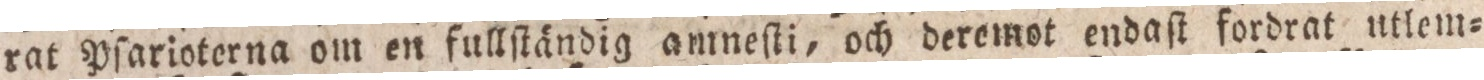
rat Pſarioterna om en fullſtändig amneſti, och deremot endaſt fordrat utlem=